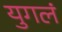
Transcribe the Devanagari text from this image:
युगलं